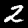
Digit: 2